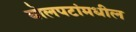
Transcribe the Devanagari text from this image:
बोलपटांमधील